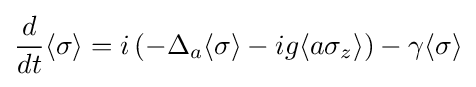
{\frac {d}{dt}}\langle \sigma \rangle =i\left(-\Delta _{a}\langle \sigma \rangle -ig\langle a\sigma _{z}\rangle \right)-\gamma \langle \sigma \rangle